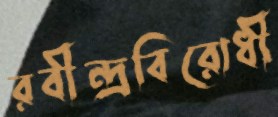
রবীন্দ্রবিরোধী